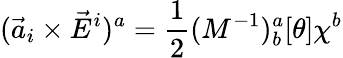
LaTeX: ({\vec{a}}_{i}\times{\vec{E}}^{i})^{a}=\frac{1}{2}(M^{-1})_{b}^{a}[\theta]\chi^{b}